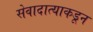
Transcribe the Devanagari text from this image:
सेवादात्याकडून